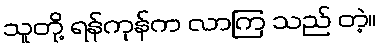
သူတို့ ရန်ကုန်က လာကြ သည် တဲ့။